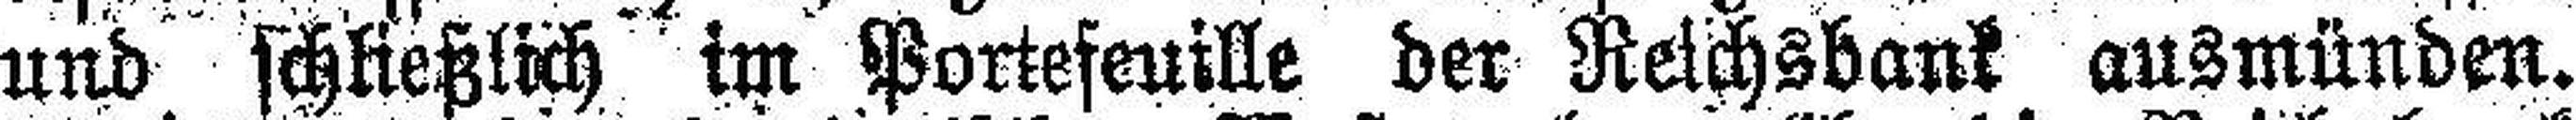
und schließlich im Portefeuille der Reichsbank ansmünden.